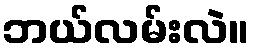
ဘယ်လမ်းလဲ။